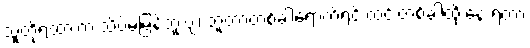
သူတို့ရထားက သိပ်မမြန်ဘူးဗျ၊ ဘူတာတစ်ခါရောက်ရင် ထင်းတစ်ခါထိုးနေ ရတာ